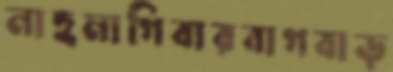
নাহমাগিবারবাগবাড়